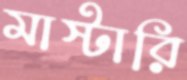
মাস্টারি